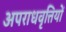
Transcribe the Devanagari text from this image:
अपराधवृत्तियों